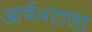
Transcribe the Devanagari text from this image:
आर्यभटाला